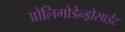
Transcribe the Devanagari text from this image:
ओलिगोडेन्ड्रोसाईट